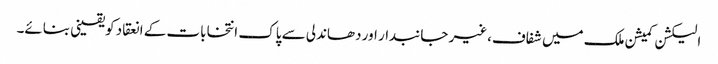
الیکشن کمیشن ملک میں شفاف،غیر جانبدار اور دھاندلی سے پاک انتخابات کے انعقاد کویقینی بنائے۔